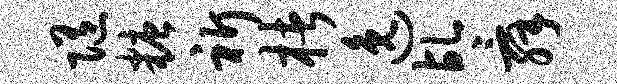
随糖祈楮逸乩舜